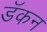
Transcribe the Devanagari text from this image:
डॅकन